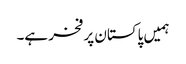
ہمیں پاکستان پر فخر ہے۔